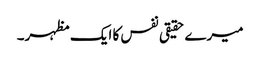
میرے حقیقی نفس کا ایک مظہر۔